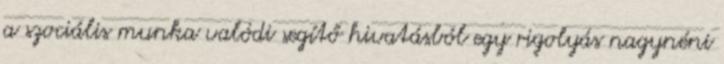
a szociális munka valódi segítő hivatásból egy rigolyás nagynéni